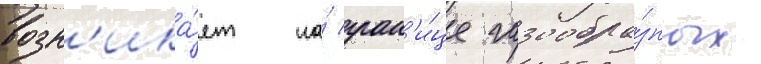
возн'ика́ет на́ гран'и́це газообра́зных